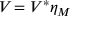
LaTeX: { V } _ { \l } = { V } _ { \l } ^ { * } \l \eta _ { M }